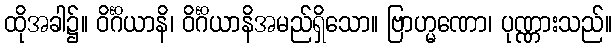
ထိုအခါ၌။ ဝိင်္ဂိယာနိ၊ ဝိင်္ဂိယာနိအမည်ရှိသော။ ဗြာဟ္မဏော၊ ပုဏ္ဏားသည်။